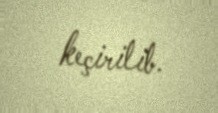
keçirilib.